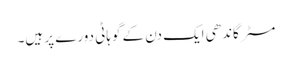
مسٹر گاندھی ایک دن کے گوہاٹی دورے پر ہیں۔